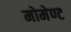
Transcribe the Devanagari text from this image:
मोमेण्ट